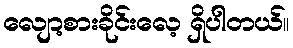
လျော့စားခိုင်းလေ့ ရှိပါတယ်။